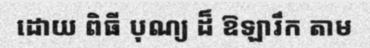
ដោយ ពិធី បុណ្យ ដ៏ ឱឡារឹក តាម